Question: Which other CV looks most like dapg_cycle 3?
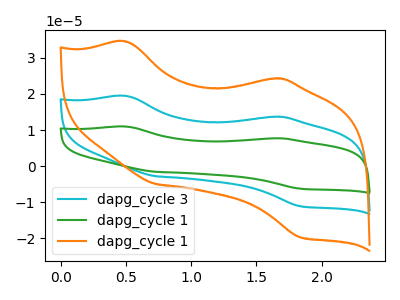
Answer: <think>The cyan curve "dapg_cycle 3" has anodic peaks at (0.50V, 19.45uA) (1.60V, 13.65uA) and cathodic peaks at (0.75V, -2.80uA) (1.85V, -11.10uA). The green curve "dapg_cycle 1" has anodic peaks at (0.50V, 38.90uA) (1.60V, 27.35uA) and cathodic peaks at (0.75V, -5.65uA) (1.85V, -22.20uA). The orange curve "dapg_cycle 1" has anodic peaks at (0.50V, 34.55uA) (1.60V, 24.25uA) and cathodic peaks at (0.75V, -5.00uA) (1.85V, -19.70uA).
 All the peaks in "dapg_cycle 3" have a peak in "dapg_cycle 1" at the same potential. Every peak in "dapg_cycle 3" is lower than every peak in "dapg_cycle 1". All the peaks in "dapg_cycle 3" have a peak in "dapg_cycle 1" at the same potential. Every peak in "dapg_cycle 3" is lower than every peak in "dapg_cycle 1". All the peaks in "dapg_cycle 1" have a peak in "dapg_cycle 1" at the same potential. Every peak in "dapg_cycle 1" is higher than every peak in "dapg_cycle 1".</think>
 <answer>"dapg_cycle 3" and "dapg_cycle 1" have a similar shape to "dapg_cycle 1".</answer>
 <eval>"dapg_cycle 3" "dapg_cycle 1"</eval>